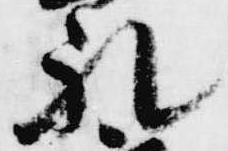
礼